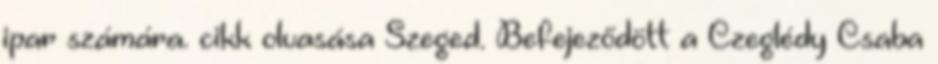
ipar számára. cikk olvasása Szeged. Befejeződött a Czeglédy Csaba